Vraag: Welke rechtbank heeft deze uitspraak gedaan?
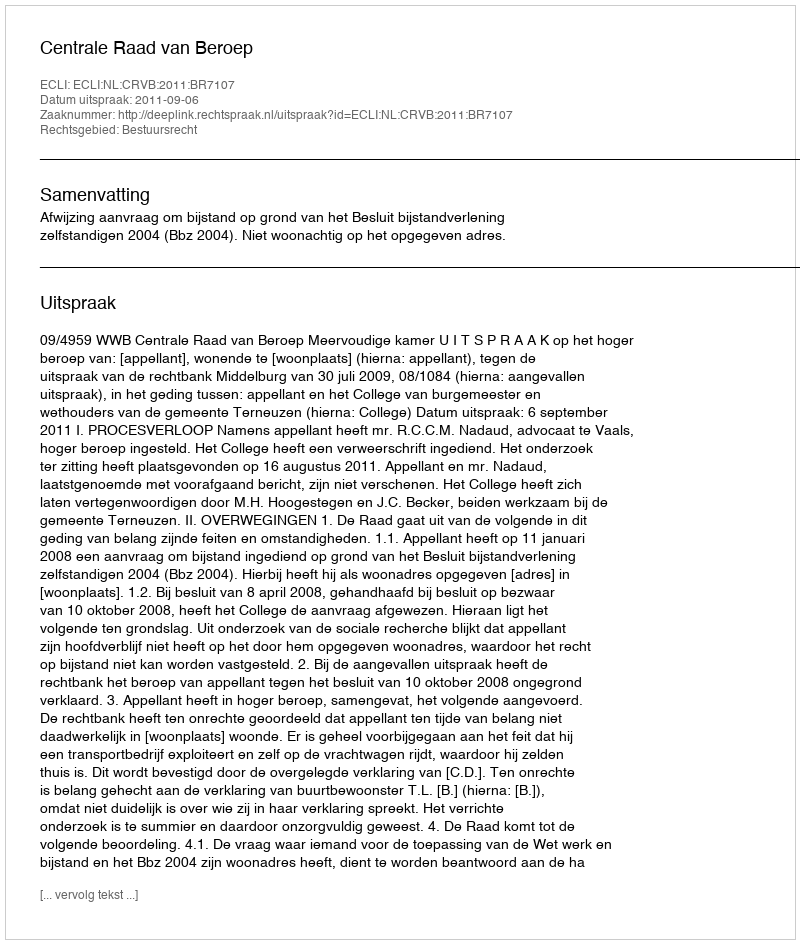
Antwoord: Centrale Raad van Beroep